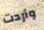
وأردت